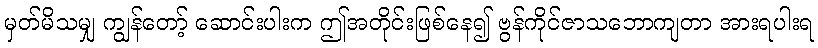
မှတ်မိသမျှ ကျွန်တော့် ဆောင်းပါးက ဤအတိုင်းဖြစ်နေ၍ ဗွန်ကိုင်ဇာသဘောကျတာ အားရပါးရ